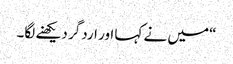
“میں نے کہا اور اردگر دیکھنے لگا۔